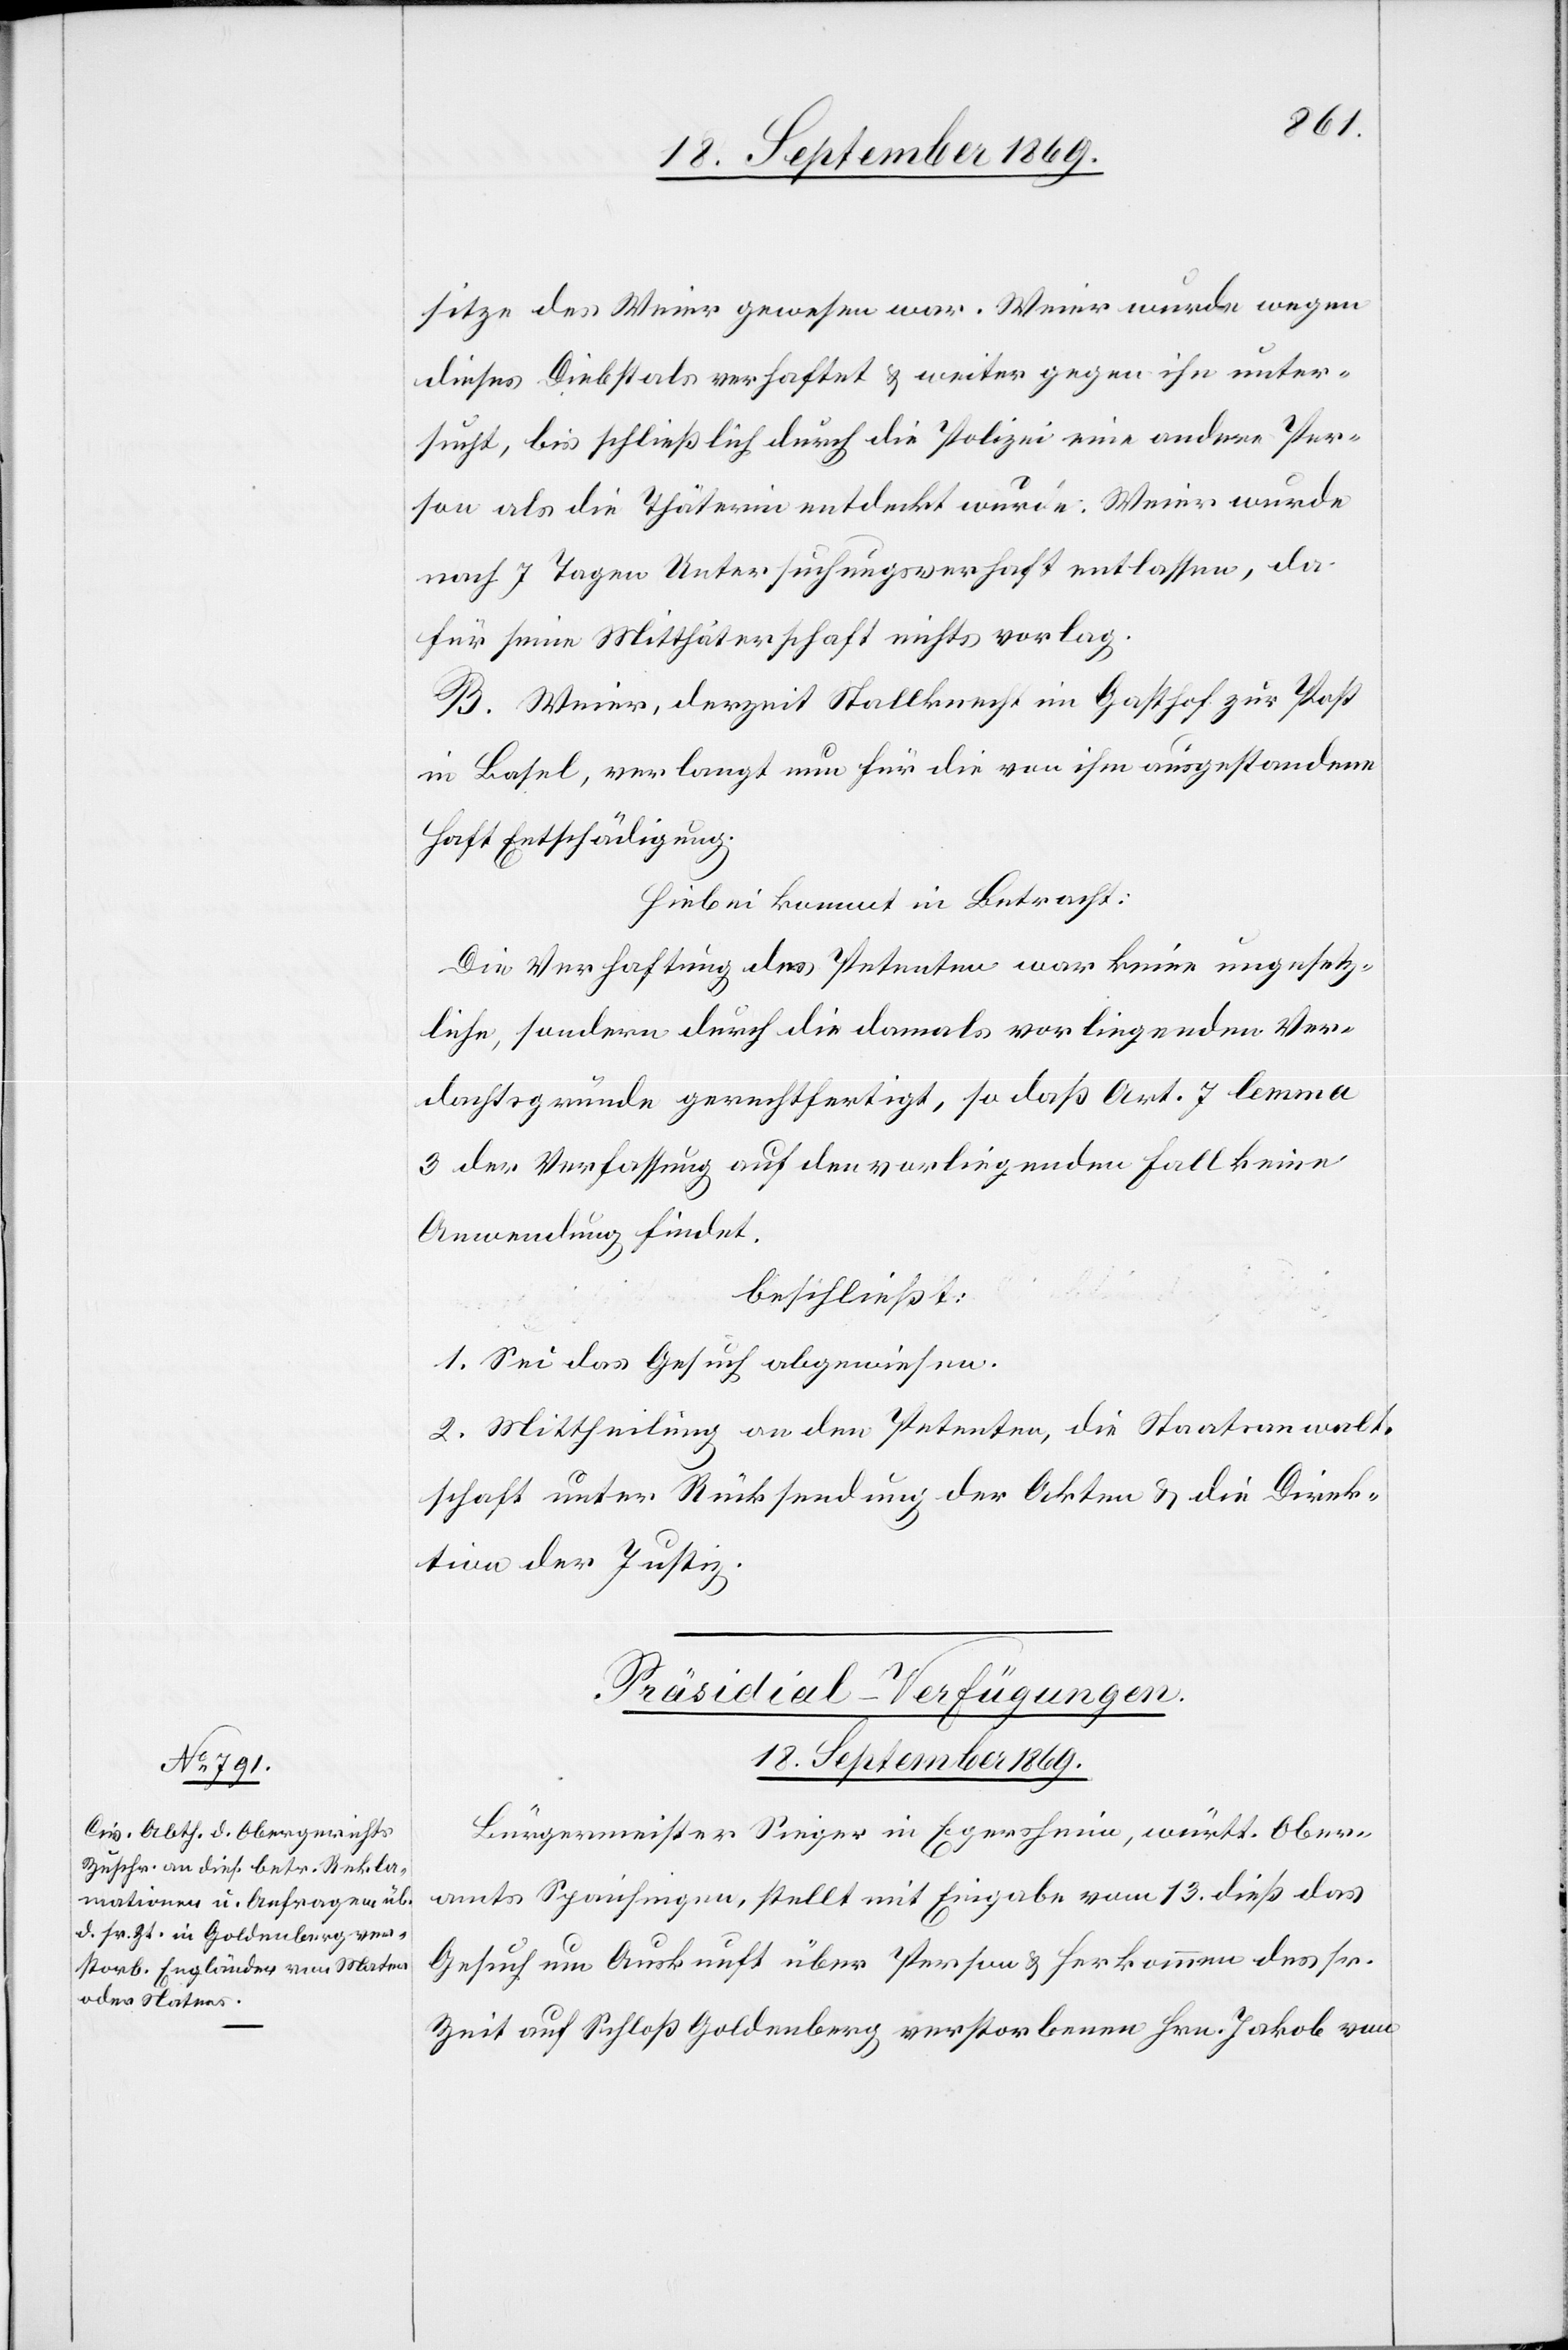
sitze des Weier gewesen war. Weier wurde wegen
dieses Diebstals verhaftet & weiter gegen ihn unter¬
sucht, bis schließlich durch die Polizei eine andere Per¬
son als die Thäterin entdeckt wurde. Weier wurde
nach 7 Tagen Untersuchungsverhaft entlassen, da
für seine Mitthäterschaft nichts vorlag.
B. Weier, derzeit Stallknecht im Gasthof zur Post
in Basel, verlangt nun für die von ihm ausgestandene
Haft Entschädigung.
Hiebei kommt in Betracht:
Die Verhaftung des Petenten war keine ungesetz¬
liche, sondern durch die damals vorliegenden Ver¬
dachtsgründe gerechtfertigt, so daß Art. 7 lemma
3 der Verfassung auf den vorliegenden Fall keine
Anwendung findet.
beschließt:
1. Sei das Gesuch abgewiesen.
2. Mittheilung an den Petenten, die Staatsanwalt¬
schaft unter Rücksendung der Akten & die Direk¬
tion der Justiz.
Präsidial-Verfügungen.
18. September 1869.
Bürgermeister Sieger in Egersheim, württ. Ober¬
amts Spaichingen, stellt mit Eingabe vom 13. dieß das
Gesuch um Auskunft über Person & Herkommen des sr.
Zeit auf Schloß Goldenberg verstorbenen Hrn. Jakob von